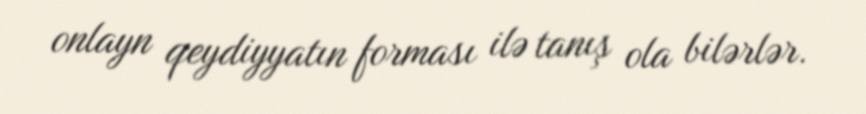
onlayn qeydiyyatın forması ilə tanış ola bilərlər.